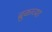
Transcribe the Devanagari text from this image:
ब्रुकच्या